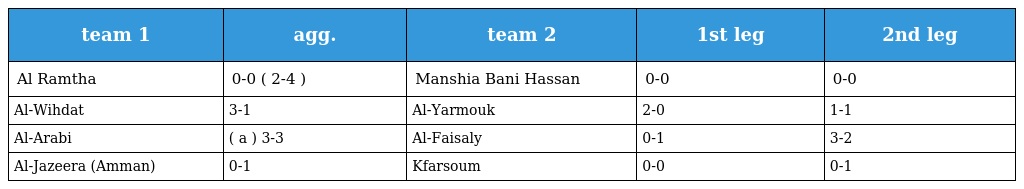
| team 1 | agg. | team 2 | 1st leg | 2nd leg |
 | --- | --- | --- | --- | --- |
 | Al Ramtha | 0-0 ( 2-4 ) | Manshia Bani Hassan | 0-0 | 0-0 |
 | Al-Wihdat | 3-1 | Al-Yarmouk | 2-0 | 1-1 |
 | Al-Arabi | ( a ) 3-3 | Al-Faisaly | 0-1 | 3-2 |
 | Al-Jazeera (Amman) | 0-1 | Kfarsoum | 0-0 | 0-1 |